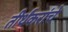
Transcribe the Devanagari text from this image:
तीर्थंकरांचे